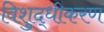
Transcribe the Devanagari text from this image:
विशुद्धीकरण